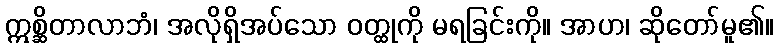
ဣစ္ဆိတာလာဘံ၊ အလိုရှိအပ်သော ဝတ္ထုကို မရခြင်းကို။ အာဟ၊ ဆိုတော်မူ၏။